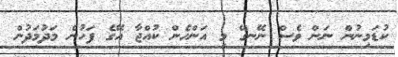
ކުޑަމިނުން ނަން ވެސް ނޭނގޭ މި އަންހެން ކުއްޖާ އޭގެ ފަހުން މަދުމަދުން